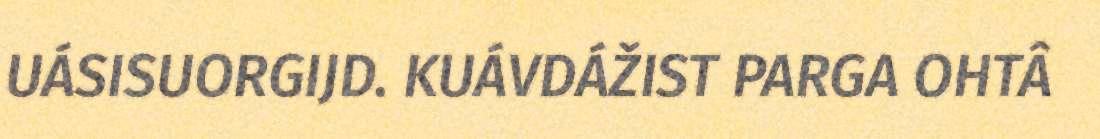
UÁSISUORGIJD. KUÁVDÁŽIST PARGA OHTÂ